Annual report on the working of the lock hospitals in the Central Provinces
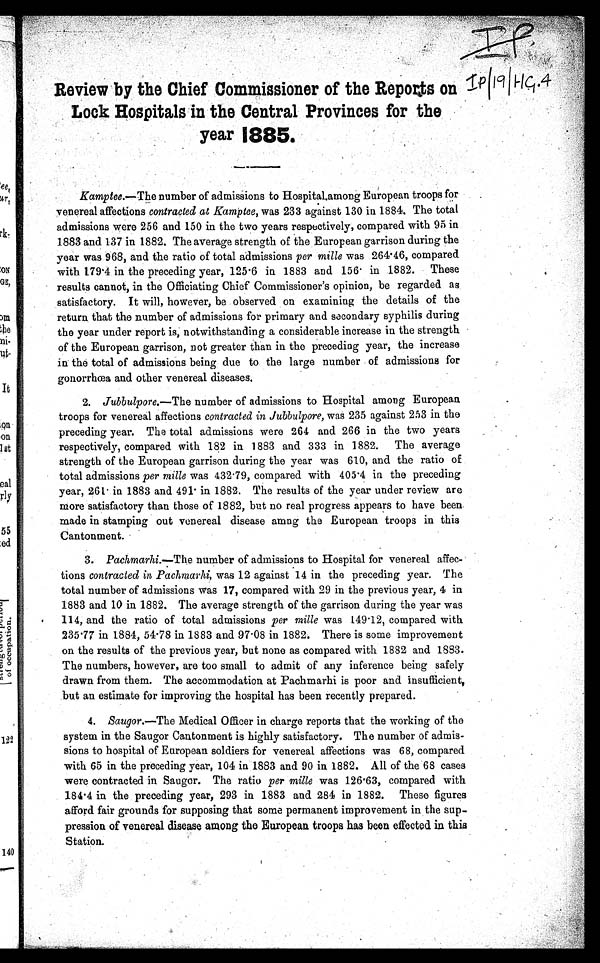
IP|19|HG.4
Review by the Chief Commissioner of the Reports on
Lock Hospitals in the Central Provinces for the
year 1885.
Kamptee.—The number of admissions to Hospital.among European troops for
venereal affections contracted at Kamptee, was 233 against 130 in 1884. The total
admissions were 256 and 150 in the two years respectively, compared with 95 in
1883 and 137 in 1882. The average strength of the European garrison during the
year was 968, and the ratio of total admissions per mille was 264.46, compared
with 179.4 in the preceding year, 125.6 in 1883 and 156 in 1882. These
results cannot, in the Officiating Chief Commissioner's opinion, be regarded as
satisfactory. It will, however, be observed on examining the details of the
return that the number of admissions for primary and secondary syphilis during
the year under report is, notwithstanding a considerable increase in the strength
of the European garrison, not greater than in the preceding year, the increase
in the total of admissions being due to the large number of admissions for
gonorrhœa and other venereal diseases.
2. Jubbulpore.— The number of admissions to Hospital among European
troops for venereal affections contracted in Jubbulpore, was 235 against 253 in the
preceding year. The total admissions were 264 and 266 in the two years
respectively, compared with 182 in 1883 and 333 in 1882. The average
strength of the European garrison during the year was 610, and the ratio of
total admissions per mille was 432.79, compared with 405.4 in the preceding
year, 261 in 1883 and 491 in 1882. The results of the year under review are
more satisfactory than those of 1882, but no real progress appears to have been
made in stamping out venereal disease amng the European troops in this
Cantonment.
3. Pachmarhi.---The number of admissions to Hospital for venereal affec-
tions contracted in Pachmarhi, was 12 against 14 in the preceding year. The
total number of admissions was 17, compared with 29 in the previous year, 4 in
1883 and 10 in 1882. The average strength of the garrison during the year was
114, and the ratio of total admissions per mille was 149.12, compared with
235.77 in 1884, 54.78 in 1883 and 97.08 in 1882. There is some improvement
on the results of the previous year, but none as compared with 1882 and 1883.
The numbers, however, are too small to admit of any inference being safely
drawn from them. The accommodation at Pachmarhi is poor and insufficient,
but an estimate for improving the hospital has been recently prepared.
4. Saugor.—The Medical Officer in charge reports that the working of the
system in the Saugor Cantonment is highly satisfactory. The number of admis-
sions to hospital of European soldiers for venereal affections was 68, compared
with 65 in the preceding year, 104 in 1883 and 90 in 1882. All of the 68 cases
were contracted in Saugor. The ratio per mille was 126.63, compared with
184.4 in the preceding year, 293 in 1883 and 284 in 1882. These figures
afford fair grounds for supposing that some permanent improvement in the sup-
pression of venereal disease among the European troops has been effected in this
Station.